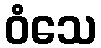
ဝံသေ